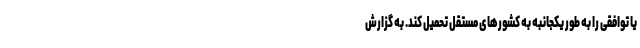
یا توافقی را به طور یکجانبه به کشورهای مستقل تحمیل کند. به گزارش